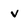
Character: V